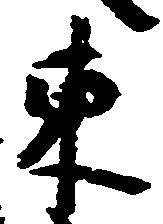
東